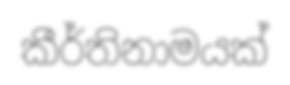
කීර්තිනාමයක්